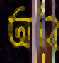
অবি